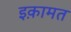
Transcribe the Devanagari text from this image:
इक़ामत